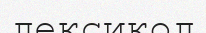
лексикол